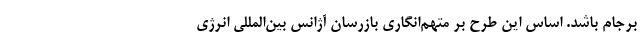
برجام باشد. اساس این طرح بر متهم‌انگاری بازرسان آژانس بین‌المللی انرژی